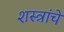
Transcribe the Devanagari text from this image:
शस्‍त्रांचे